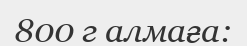
800 г алмаға: